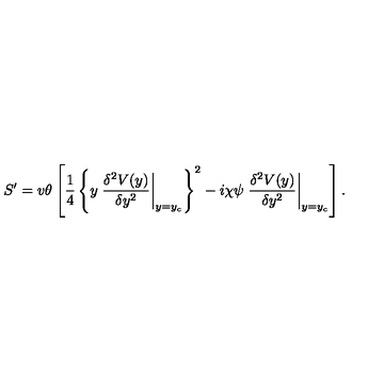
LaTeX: S ^ { \prime } = v \theta \left[ \frac { 1 } { 4 } \left\{ y \left. \frac { \delta ^ { 2 } V ( y ) } { \delta y ^ { 2 } } \right| _ { y = y _ { c } } \right\} ^ { 2 } - i \chi \psi \left. \frac { \delta ^ { 2 } V ( y ) } { \delta y ^ { 2 } } \right| _ { y = y _ { c } } \right] .